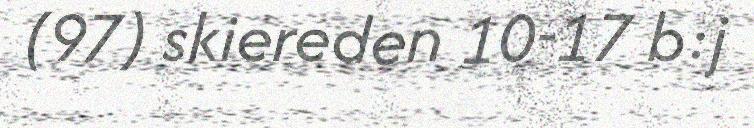
(97) skiereden 10-17 b:j